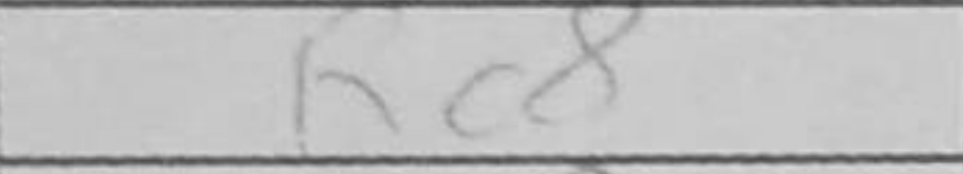
Transcription: Rc8